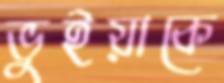
ভুইয়াকে